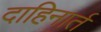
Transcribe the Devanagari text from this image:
दाहिनार्त